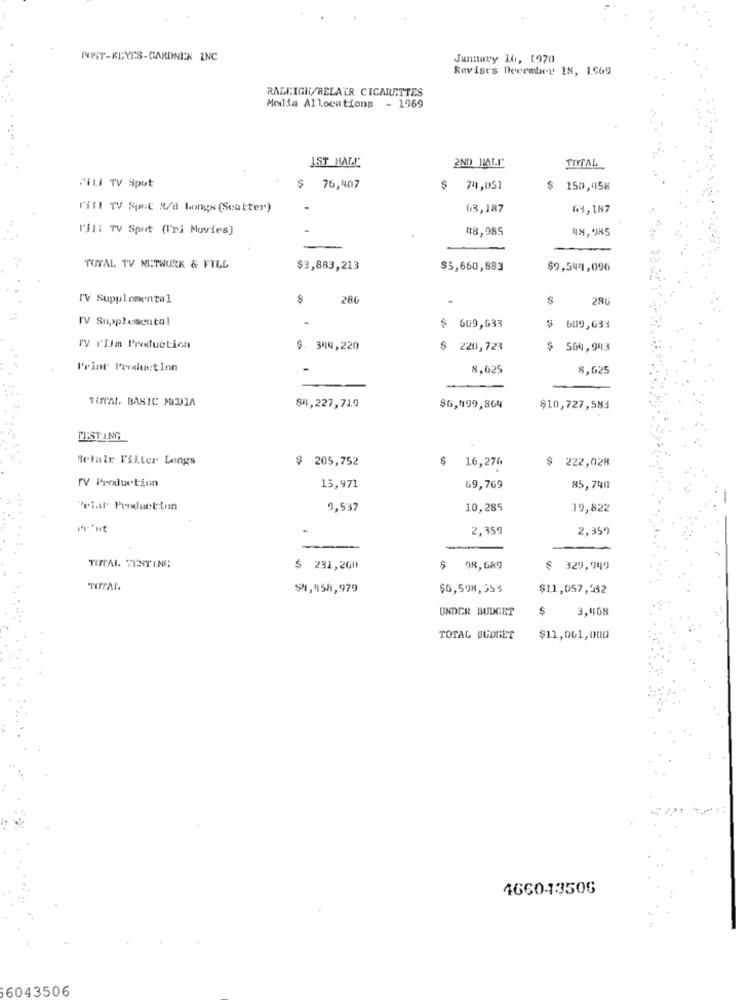
NIST-KEYES-GARDNER INC
January 16, 1970
Revises December 18, 1969
RALEIGH/BELAIR CIGARETTES
Media Allocations - 1969
IST HALL
2ND JIALL"
TOTAL
PILI TV Spot
76,407
$
741,051
$
250,458
Till TV Spot R/B Longs (Scatter)
63,187
63,187
I'll: TV Spot (I'ri Movies)
48,985
48, 985
TOTAL, TV NETWORK & FILL
$3,883,213
$5,660,883
$9,544,096
I'V Supplemental
S
286
$
280
rv Supplemental
$ 609,633
$ 609,633
ry rijm Production
$. 344,220
220,723
$ 564,943
Print ProductInn
8,625
8,625
TOTAL BASIC MIDIA
$4,227,719
$6,199,864
$10,727,583
TESTING_
Belalr TilLer Longs
$ 205,752
$
$ 222,028
16,274
rv Productinn
15,971
69,769
85,740
'riat Production
9,537
10,285
19,822
2,359
2,359
-
TOTAL 7ENTING
$ 231,2G0
98, 689
$ 329,949
TITTAL.
$4,958,979
$6,508,55%
$11,057,592
UNDER BUDGET
$
3.468
TOTAL BUDGET
$11,061,000
466013506
6043506